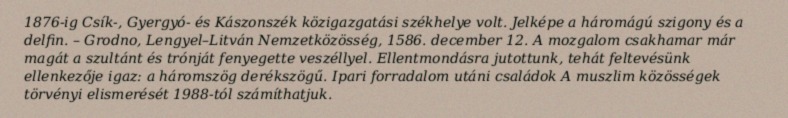
1876-ig Csík-, Gyergyó- és Kászonszék közigazgatási székhelye volt. Jelképe a háromágú szigony és a delfin. – Grodno, Lengyel–Litván Nemzetközösség, 1586. december 12. A mozgalom csakhamar már magát a szultánt és trónját fenyegette veszéllyel. Ellentmondásra jutottunk, tehát feltevésünk ellenkezője igaz: a háromszög derékszögű. Ipari forradalom utáni családok A muszlim közösségek törvényi elismerését 1988-tól számíthatjuk.